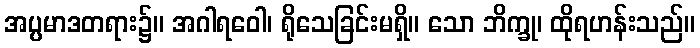
အပ္ပမာဒတရား၌။ အဂါရဝေါ၊ ရိုသေခြင်းမရှိ။ သော ဘိက္ခု၊ ထိုရဟန်းသည်။